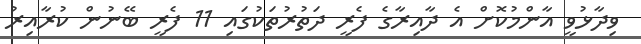
ވިދާޅުވީ އާންމުކޮށް އެ ދާއިރާގެ ފެރީ ދަތުރުތަކުގައި 11 ފެރީ ބޭނުން ކުރާއިރު